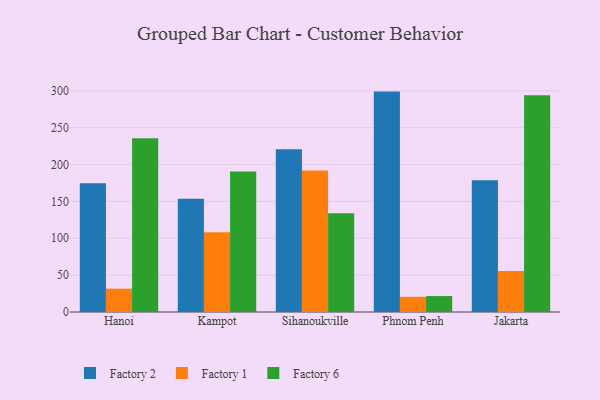
{"axis": {"x": "City", "y": "Conversion Rate (%)"}, "legend": ["Factory 1", "Factory 2", "Factory 6"], "data": [{"x": "Hanoi", "y": 174.6, "type": "Factory 2"}, {"x": "Hanoi", "y": 31.6, "type": "Factory 1"}, {"x": "Hanoi", "y": 235.5, "type": "Factory 6"}, {"x": "Kampot", "y": 153.7, "type": "Factory 2"}, {"x": "Kampot", "y": 108.2, "type": "Factory 1"}, {"x": "Kampot", "y": 190.5, "type": "Factory 6"}, {"x": "Sihanoukville", "y": 220.5, "type": "Factory 2"}, {"x": "Sihanoukville", "y": 191.9, "type": "Factory 1"}, {"x": "Sihanoukville", "y": 134.0, "type": "Factory 6"}, {"x": "Phnom Penh", "y": 298.8, "type": "Factory 2"}, {"x": "Phnom Penh", "y": 20.6, "type": "Factory 1"}, {"x": "Phnom Penh", "y": 21.6, "type": "Factory 6"}, {"x": "Jakarta", "y": 178.5, "type": "Factory 2"}, {"x": "Jakarta", "y": 55.7, "type": "Factory 1"}, {"x": "Jakarta", "y": 293.8, "type": "Factory 6"}]}